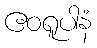
ဧဝရူပါနံ